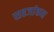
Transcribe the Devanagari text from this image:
सहजांकन